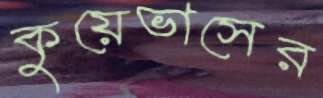
কুয়েভাসের